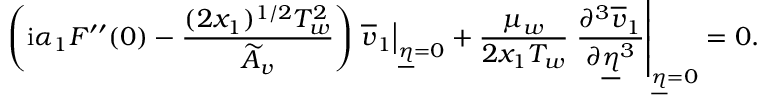
\left( \mathrm { i } \alpha _ { 1 } F ^ { \prime \prime } ( 0 ) - \frac { ( 2 x _ { 1 } ) ^ { 1 / 2 } T _ { w } ^ { 2 } } { \widetilde { A } _ { v } } \right) \left. \overline { { v } } _ { 1 } \right\vert _ { \underline { { \eta } } = 0 } + \frac { \mu _ { w } } { 2 x _ { 1 } T _ { w } } \left. \frac { \partial ^ { 3 } \overline { { v } } _ { 1 } } { \partial \underline { { \eta } } ^ { 3 } } \right\vert _ { \underline { { \eta } } = 0 } = 0 .